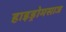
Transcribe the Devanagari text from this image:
हाइड्रोमसाज